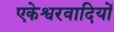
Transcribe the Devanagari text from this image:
एकेश्वरवादियों